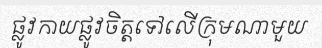
ផ្លូវកាយផ្លូវចិត្តទៅលើក្រុមណាមួយ